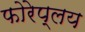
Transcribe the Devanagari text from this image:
फोरेप्लय